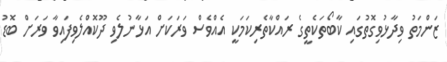
ޒަންމަތު ވިދާޅުވިގޮތުގައި ކާބޯތަކެތީގެ ރައްކާތެރިކަމަކީ އެއްވެސް ވަރަކަށް އަޅާނުލެވި ދޫކޮއްލެވިފައިވާ ވަރަށް ބޮޑު